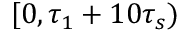
[ 0 , \tau _ { 1 } + 1 0 \tau _ { s } )